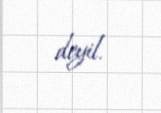
deyil.